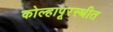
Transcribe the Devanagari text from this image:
कोल्हापूरस्थीत